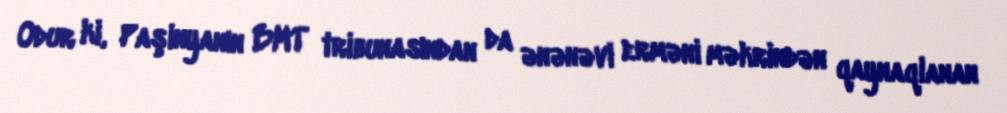
Odur ki, Paşinyanın BMT tribunasından da ənənəvi erməni məkrindən qaynaqlanan